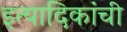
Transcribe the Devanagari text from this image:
इत्यादिकांची